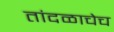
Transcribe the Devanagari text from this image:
तांदळाचेच